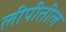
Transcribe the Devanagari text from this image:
लीपीतील